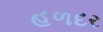
હળદર